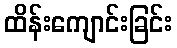
ထိန်းကျောင်းခြင်း